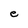
Character: e